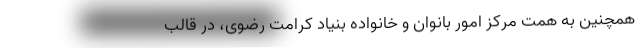
همچنین به همت مرکز امور بانوان و خانواده بنیاد کرامت رضوی، در قالب